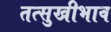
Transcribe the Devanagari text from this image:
तत्सुखीभाव